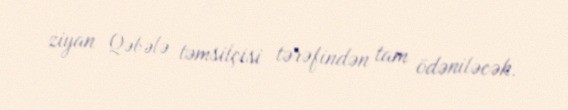
ziyan Qəbələ təmsilçisi tərəfindən tam ödəniləcək.